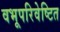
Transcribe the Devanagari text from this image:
वभूपरिवेष्टित